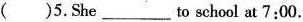
( )5.She___to school at 7:00.